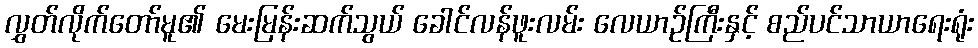
လွှတ်လိုက်တော်မူ၏ မေးမြန်းဆက်သွယ် ခေါင်လန်ဖူးလမ်း လေယာဉ်ကြီးနှင့် စည်ပင်သာယာရေးရုံး